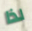
لذا